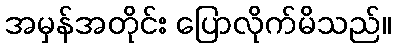
အမှန်အတိုင်း ပြောလိုက်မိသည်။